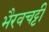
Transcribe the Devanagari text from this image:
भैरवचट्टी